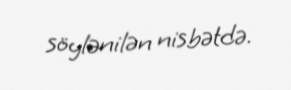
söylənilən nisbətdə.